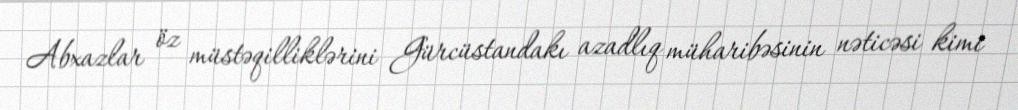
Abxazlar öz müstəqilliklərini Gürcüstandakı azadlıq müharibəsinin nəticəsi kimi